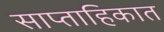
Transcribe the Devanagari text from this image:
साप्‍ताहिकात